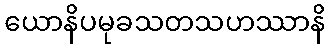
ယောနိပမုခသတသဟဿာနိ